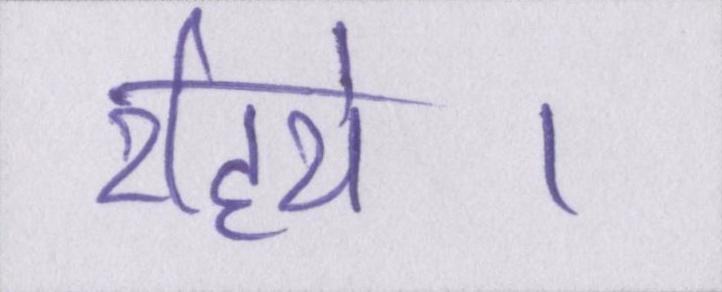
रहिये।